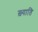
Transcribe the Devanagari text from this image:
ख़्याति